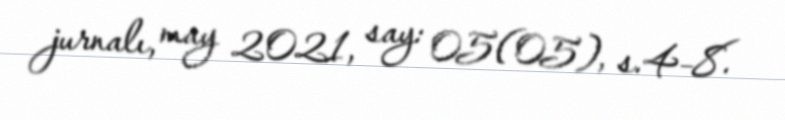
jurnalı, may 2021, say: 05(05), s.4–8.